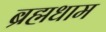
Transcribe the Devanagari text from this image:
ब्रह्मधाम